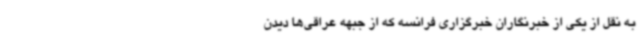
به نقل از یکی از خبرنگاران خبرگزاری فرانسه که از جبهه عراقی‌ها دیدن